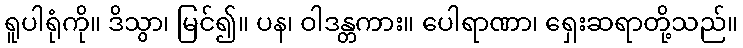
ရူပါရုံကို။ ဒိသွာ၊ မြင်၍။ ပန၊ ဝါဒန္တကား။ ပေါရာဏာ၊ ရှေးဆရာတို့သည်။